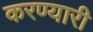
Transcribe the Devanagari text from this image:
करण्यारी